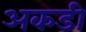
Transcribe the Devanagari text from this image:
अकडी